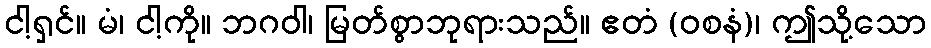
ငါ့ရှင်။ မံ၊ ငါ့ကို။ ဘဂဝါ၊ မြတ်စွာဘုရားသည်။ ဧတံ (ဝစနံ)၊ ဤသို့သော